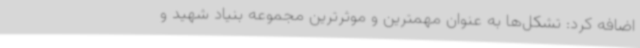
اضافه کرد: تشکل‌ها به عنوان مهمترین و موثرترین مجموعه بنیاد شهید و